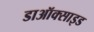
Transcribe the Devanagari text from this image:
डाऑक्साइड